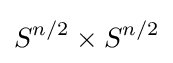
S^{n/2}\times S^{n/2}